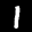
Label: 1